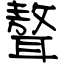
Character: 聱